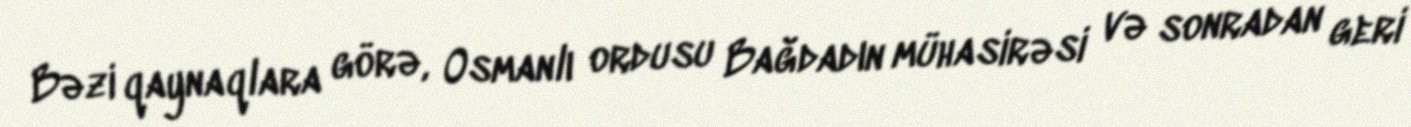
Bəzi qaynaqlara görə, Osmanlı ordusu Bağdadın mühasirəsi və sonradan geri